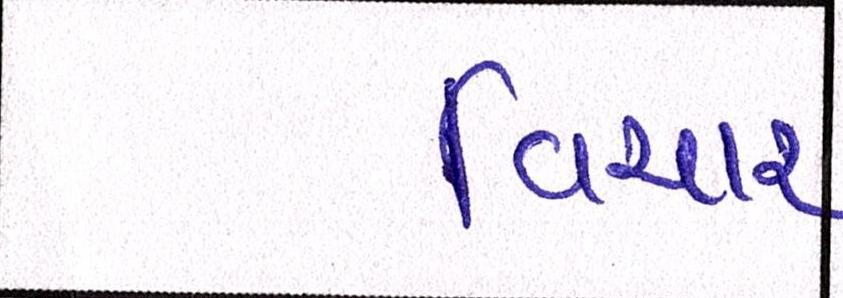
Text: વિચાર